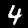
Digit: 4